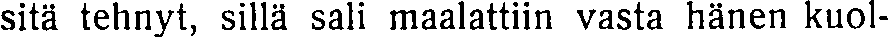
sitä tehnyt, sillä sali maalattiin vasta hänen kuol-